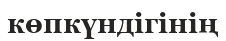
көпкүндігінің